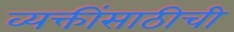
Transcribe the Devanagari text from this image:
व्यक्तींसाठीची